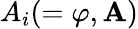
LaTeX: A_{i}(=\varphi,\textbf{A})